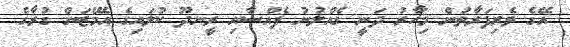
އޭގެ ވެރިފަރާތުން މިހާރު ދަނީ ގެއްލުނު ފެއްސާއި ރީނދޫ ކުލައިގެ އެމޭޒަން ގުރާގެ